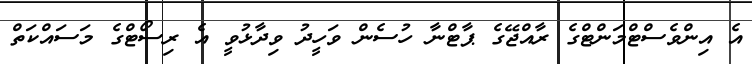
އެ އިންވެސްޓްމަންޓްގެ ރާއްޖޭގެ ޕާޓްނާ ހުސެން ވަހީދު ވިދާޅުވީ އެ ރިސޯޓްގެ މަސައްކަތް